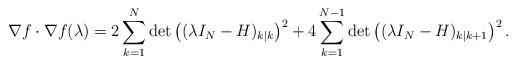
LaTeX: \begin{align*}\nabla f \cdot \nabla f(\lambda)=2\sum_{k=1}^N\det\left((\lambda I_N-H)_{k|k}\right)^2+4\sum_{k=1}^{N-1}\det\left((\lambda I_N-H)_{k|k+1}\right)^2.\end{align*}